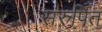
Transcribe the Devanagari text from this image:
संरुपित